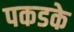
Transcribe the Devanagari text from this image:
पकडके